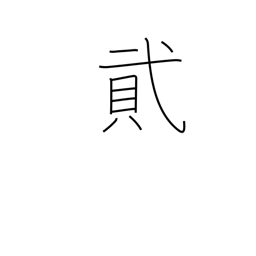
Meaning: number two